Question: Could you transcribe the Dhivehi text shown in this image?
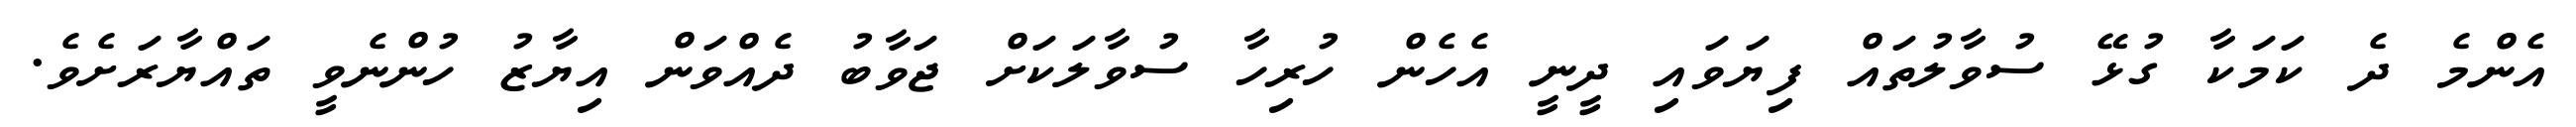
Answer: އެންމެ ދެ ކަމަކާ ގުޅޭ ސުވާލުތައް ފިޔަވައި ދީނީ އެހެން ހުރިހާ ސުވާލަކަށް ޖަވާބު ދެއްވަން އިޔާޒު ހުންނެވީ ތައްޔާރަށެވެ.